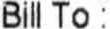
BILL TO :